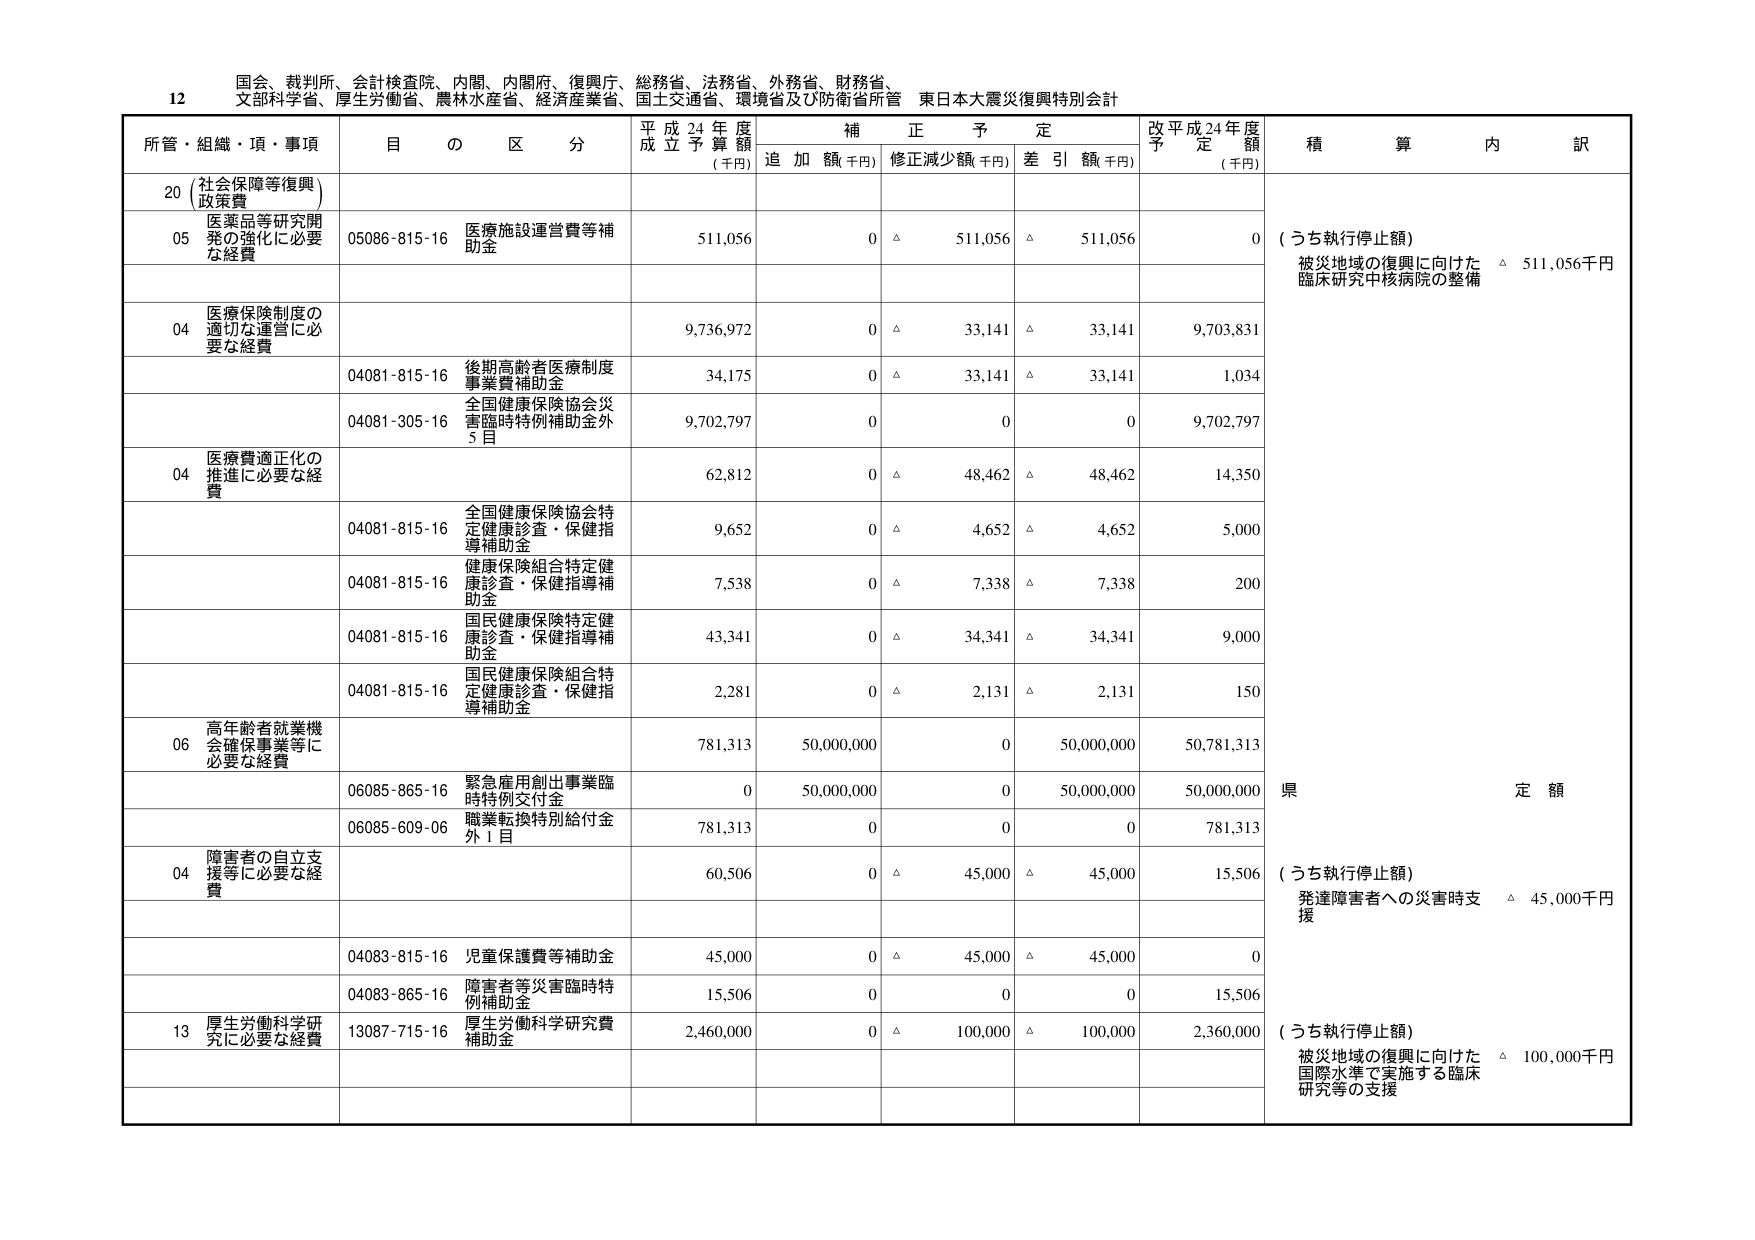
12 国会、裁判所、会計検査院、内閣、内閣府、復興庁、総務省、法務省、外務省、財務省、
文部科学省、厚生労働省、農林水産省、経済産業省、国土交通省、環境省及び防衛省所管 東日本大震災復興特別会計

所管・組織・項・事項 目 の 区 分 平成24年度 成立予算額 (千円) 補正予定 追加額(千円) 修正減少額(千円) 差引額(千円) 改平成24年度 予定額 (千円) 積算内訳

20 (社会保障等復興) 政策費
05 医薬品等研究開発の強化に必要な経費 05086-815-16 医療施設運営費等補助金 511,056 0 △ 511,056 △ 511,056 0 (うち執行停止額) 被災地域の復興に向けた臨床研究中核病院の整備 △ 511,056千円

04 医療保険制度の適切な運営に必要な経費 9,736,972 0 △ 33,141 △ 33,141 9,703,831
04081-815-16 後期高齢者医療制度事業費補助金 34,175 0 △ 33,141 △ 33,141 1,034
04081-305-16 全国健康保険協会災害臨時特例補助金外5目 9,702,797 0 0 0 9,702,797

04 医療費適正化の推進に必要な経費 62,812 0 △ 48,462 △ 48,462 14,350
04081-815-16 全国健康保険協会特定健康診査・保健指導補助金 9,652 0 △ 4,652 △ 4,652 5,000
04081-815-16 健康保険組合特定健康診査・保健指導補助金 7,538 0 △ 7,338 △ 7,338 200
04081-815-16 国民健康保険特定健康診査・保健指導補助金 43,341 0 △ 34,341 △ 34,341 9,000
04081-815-16 国民健康保険組合特定健康診査・保健指導補助金 2,281 0 △ 2,131 △ 2,131 150

06 高年齢者就業機会確保事業等に必要な経費 781,313 50,000,000 0 50,000,000 50,781,313
06085-865-16 緊急雇用創出事業臨時特例交付金 0 50,000,000 0 50,000,000 50,000,000 県 定額
06085-609-06 職業転換特別給付金外1目 781,313 0 0 0 781,313

04 障害者の自立支援等に必要な経費 60,506 0 △ 45,000 △ 45,000 15,506 (うち執行停止額) 発達障害者への災害時支援 △ 45,000千円
04083-815-16 児童保護費等補助金 45,000 0 △ 45,000 △ 45,000 0
04083-865-16 障害者等災害臨時特例補助金 15,506 0 0 0 15,506

13 厚生労働科学研究に必要な経費 13087-715-16 厚生労働科学研究費補助金 2,460,000 0 △ 100,000 △ 100,000 2,360,000 (うち執行停止額) 被災地域の復興に向けた国際水準で実施する臨床研究等の支援 △ 100,000千円